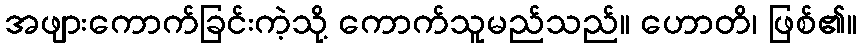
အဖျားကောက်ခြင်းကဲ့သို့ ကောက်သူမည်သည်။ ဟောတိ၊ ဖြစ်၏။